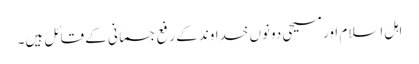
اہل اسلام اور مسیحی دونوں خداوند کے رفع جسمانی کے قائل ہیں۔